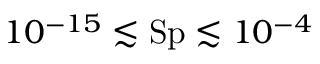
1 0 ^ { - 1 5 } \lesssim \mathrm { S p } \lesssim 1 0 ^ { - 4 }